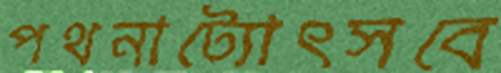
পথনাট্যোৎসবে